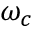
\omega _ { c }